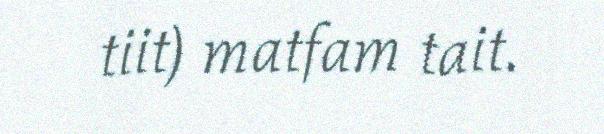
tiit) matfam tait.